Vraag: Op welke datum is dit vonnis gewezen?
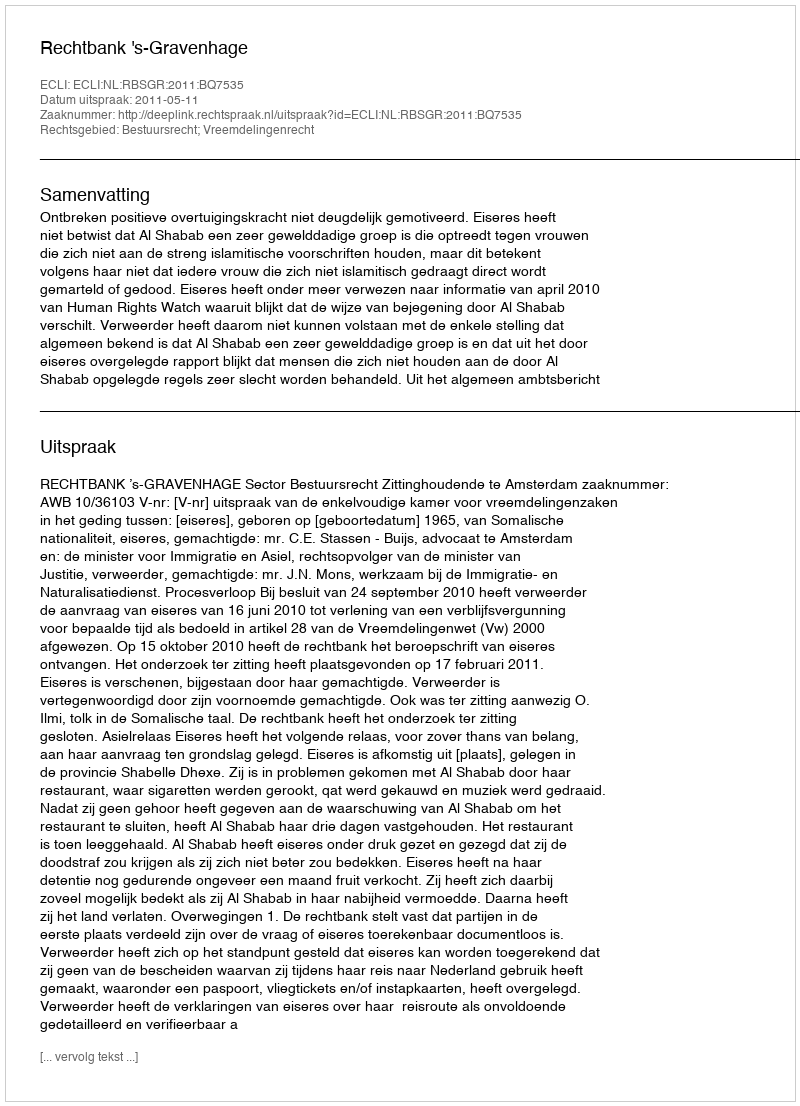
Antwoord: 2011-05-11